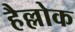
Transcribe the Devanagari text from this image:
हैल्लोक